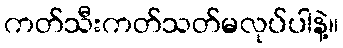
ကတ်သီးကတ်သတ်မလုပ်ပါနဲ့။